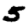
Digit: 5